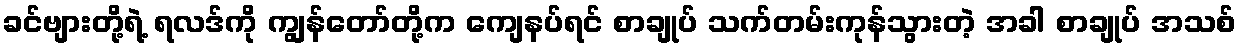
ခင်ဗျားတို့ရဲ့ ရလဒ်ကို ကျွန်တော်တို့က ကျေနပ်ရင် စာချုပ် သက်တမ်းကုန်သွားတဲ့ အခါ စာချုပ် အသစ်